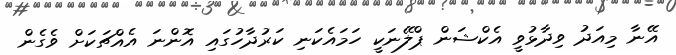
އޭނާ މިއަދު ވިދާޅުވީ އެކްޝަން ޕްލޭނަކީ ހަމައެކަނި ކަރުދާހުގައި އޮންނަ އެއްޗަކަށް ވެގެން